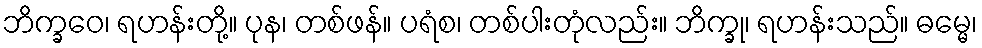
ဘိက္ခဝေ၊ ရဟန်းတို့။ ပုန၊ တစ်ဖန်။ ပရံစ၊ တစ်ပါးတုံလည်း။ ဘိက္ခု၊ ရဟန်းသည်။ ဓမ္မေ၊